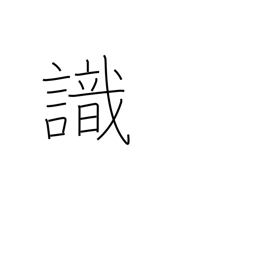
Meaning: know